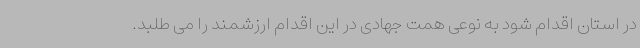
در استان اقدام شود به نوعی همت جهادی در این اقدام ارزشمند را می طلبد.